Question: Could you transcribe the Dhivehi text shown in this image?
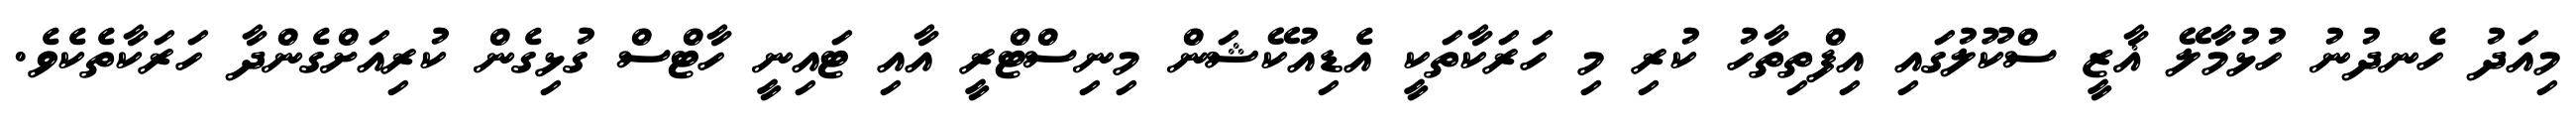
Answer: މިއަދު ހެނދުނު ހުޅުމާލޭ ޣާޒީ ސްކޫލުގައި އިފްތިތާހު ކުރި މި ހަރަކާތަކީ އެޑިއުކޭޝަން މިނިސްޓްރީ އާއި ޓައިނީ ހާޓްސް ގުޅިގެން ކުރިއަށްގެންދާ ހަރަކާތެކެވެ.